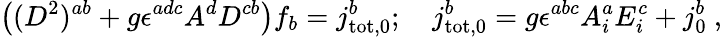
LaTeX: \left((D^{2})^{ab}+g\epsilon^{adc}A^{d}D^{cb}\right)f_{b}=j_{\mathrm{tot},0}^{b};~~~~j_{\mathrm{tot},0}^{b}=g\epsilon^{abc}A_{i}^{a}E_{i}^{c}+j_{0}^{b}~,